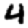
Digit: 4